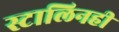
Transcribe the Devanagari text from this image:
स्टालिनही